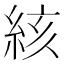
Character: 絯